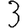
Digit: 3